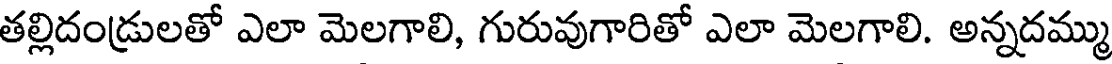
తల్లిదండ్రులతో ఎలా మెలగాలి, గురువుగారితో ఎలా మెలగాలి. అన్నదమ్ము